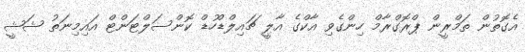
އެގޮތުން ތަމްރީން ޕްރޮގްރާމް ހިންގެވި އާކްގެ އާލީ ޗައިލްޑްހުޑް ކޮންސަލްޓަންޓް އައިމިނަތު ޝަޝީ